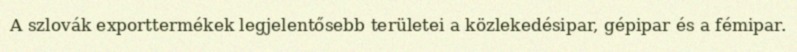
A szlovák exporttermékek legjelentősebb területei a közlekedésipar, gépipar és a fémipar.